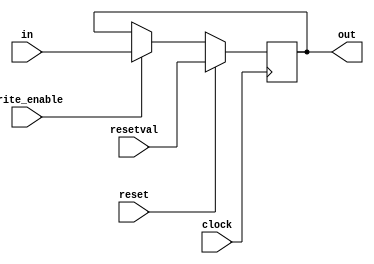
module register_update(out, in, write_enable, reset, resetval, clock);
    parameter size = 64;
    output [size-1:0] out;
    reg [size-1:0] out;
    input [size-1:0] in;
    input write_enable;
    input reset;
    input [size-1:0] resetval;
    input clock;

    //positive egde of a clock.
    //The output may be updated to the either reset value or input if the clock is transitioned from 0 to 1 depending on the reset and enable.
    always @(posedge clock)
        begin
            if (reset)
                out <= resetval;  // Here Non-blocking assignment is used to avoid the blocking in the procedural flow.
            else if (write_enable)
                out <= in;
        end
endmodule